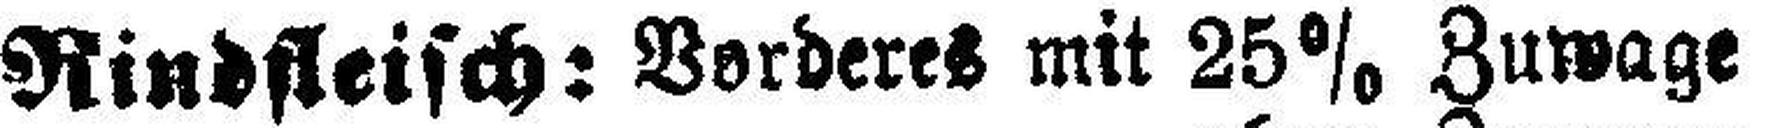
Rindfleisch: Vorderes mit 25% Zuwage